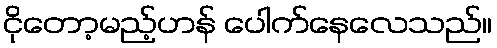
ငိုတော့မည့်ဟန် ပေါက်နေလေသည်။